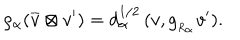
\rho _ { \alpha } ( \overline { { { v } } } \otimes v ^ { \prime } ) = d _ { \alpha } ^ { 1 / 2 } \, ( v , g _ { _ { R _ { \alpha } } } v ^ { \prime } ) .